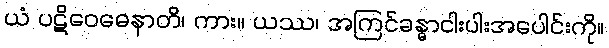
ယံ ပဋိဝေဓေနာတိ၊ ကား။ ယဿ၊ အကြင်ခန္ဓာငါးပါးအပေါင်းကို။